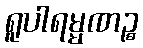
ရူပါရမ္မဏဉ္စ